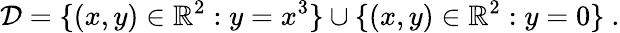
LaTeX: {\mathcal{D}}=\{ (x,y)\in\mathbb{R}^{2}:y=x^{3}\} \cup\{ (x,y)\in\mathbb{R}^{2}:y=0\} \ .